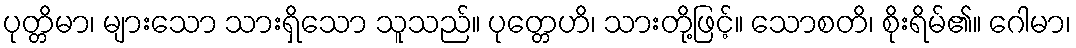
ပုတ္တိမာ၊ များသော သားရှိသော သူသည်။ ပုတ္တေဟိ၊ သားတို့ဖြင့်။ သောစတိ၊ စိုးရိမ်၏။ ဂေါမာ၊